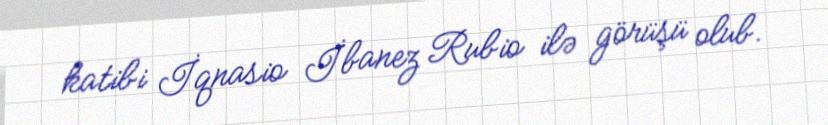
katibi İqnasio İbanez Rubio ilə görüşü olub.